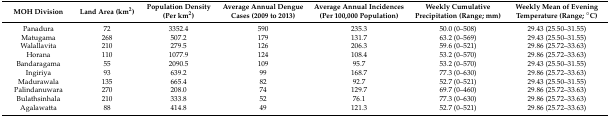
<table><thead><tr><td><b>MOH Division</b></td><td><b>Land Area (km<sup>2</sup>)</b></td><td><b>Population Density (Per km<sup>2</sup>)</b></td><td><b>Average Annual Dengue Cases (2009 to 2013) </b></td><td><b>Average Annual Incidences (Per 100,000 Population)</b></td><td><b>Weekly Cumulative Precipitation (Range; mm)</b></td><td><b>Weekly Mean of Evening Temperature (Range; °C)</b></td></tr></thead><tbody><tr><td>Panadura</td><td>72</td><td>3352.4</td><td>590</td><td>235.3</td><td>50.0 (0–508)</td><td>29.43 (25.50–31.55)</td></tr><tr><td>Matugama</td><td>268</td><td>507.2</td><td>179</td><td>131.7</td><td>63.2 (0–569)</td><td>29.43 (25.50–31.55)</td></tr><tr><td>Walallavita</td><td>210</td><td>279.5</td><td>126</td><td>206.3</td><td>59.6 (0–521)</td><td>29.86 (25.72–33.63)</td></tr><tr><td>Horana</td><td>110</td><td>1077.9</td><td>124</td><td>108.4</td><td>53.2 (0–570)</td><td>29.86 (25.72–33.63)</td></tr><tr><td>Bandaragama</td><td>55</td><td>2090.5</td><td>109</td><td>95.7</td><td>53.2 (0–570)</td><td>29.43 (25.50–31.55)</td></tr><tr><td>Ingiriya</td><td>93</td><td>639.2</td><td>99</td><td>168.7</td><td>77.3 (0–630)</td><td>29.86 (25.72–33.63)</td></tr><tr><td>Madurawala</td><td>135</td><td>665.4</td><td>82</td><td>92.7</td><td>52.7 (0–521)</td><td>29.43 (25.50–31.55)</td></tr><tr><td>Palindanuwara</td><td>270</td><td>208.0</td><td>74</td><td>129.7</td><td>69.7 (0–460)</td><td>29.86 (25.72–33.63)</td></tr><tr><td>Bulathsinhala</td><td>210</td><td>333.8</td><td>52</td><td>76.1</td><td>77.3 (0–630)</td><td>29.86 (25.72–33.63)</td></tr><tr><td>Agalawatta</td><td>88</td><td>414.8</td><td>49</td><td>121.3</td><td>52.7 (0–521)</td><td>29.86 (25.72–33.63)</td></tr></tbody></table>